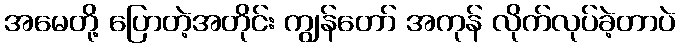
အမေတို့ ပြောတဲ့အတိုင်း ကျွန်တော် အကုန် လိုက်လုပ်ခဲ့တာပဲ